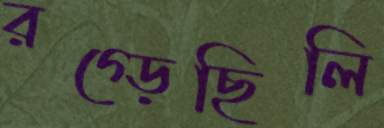
রগ্‌ড়েছিলি